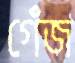
গেঁজ